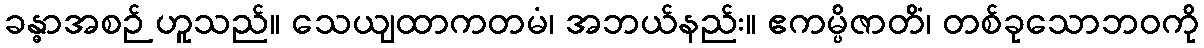
ခန္ဓာအစဉ် ဟူသည်။ သေယျထာကတမံ၊ အဘယ်နည်း။ ဧကမ္ပိဇာတိံ၊ တစ်ခုသောဘဝကို